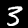
Digit: 3